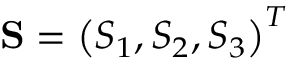
\mathbf { S } = \left( S _ { 1 } , S _ { 2 } , S _ { 3 } \right) ^ { T }